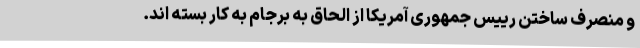
و منصرف ساختن رییس جمهوری آمریکا از الحاق به برجام به کار بسته اند.